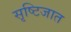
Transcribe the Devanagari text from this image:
सृष्टिजात